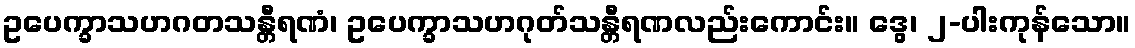
ဥပေက္ခာသဟဂတသန္တီရဏံ၊ ဥပေက္ခာသဟဂုတ်သန္တီရဏလည်းကောင်း။ ဒွေ၊ ၂-ပါးကုန်သော။